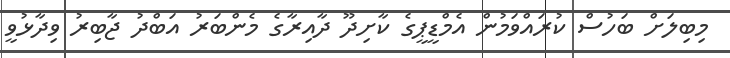
މިބިލަށް ބަހުސް ކުރައްވަމުން އެމްޑީޕީގެ ކާށިދޫ ދާއިރާގެ މެންބަރު އަބްދު ޖާބިރު ވިދާޅުވީ